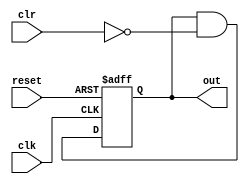
module nor_delay(
    input wire clk,
    input wire clr,
    input wire reset,
    output reg out
);

reg internal_signal;

always @(posedge clk or posedge reset) begin
    if(reset) begin
        internal_signal <= 1'b0;
    end else begin
        internal_signal <= internal_signal & ~clr;  // clock gating logic
    end
end

assign out = internal_signal;

endmodule